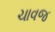
ચાવજ